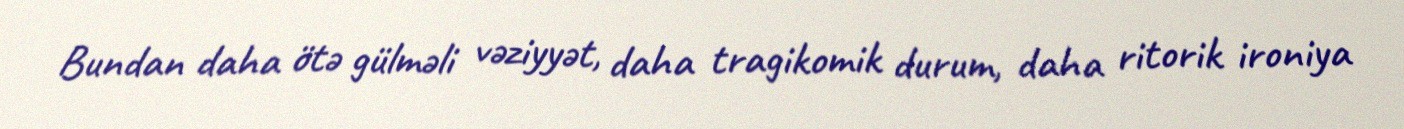
Bundan daha ötə gülməli vəziyyət, daha tragikomik durum, daha ritorik ironiya